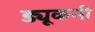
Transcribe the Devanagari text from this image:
ड्यूकनी